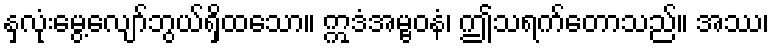
နှလုံးမွေ့လျော်ဘွယ်ရှိထသော။ ဣဒံအမ္ဗဝနံ၊ ဤသရက်တောသည်။ အဿ၊